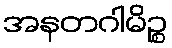
အနတဂါမိဉ္စ